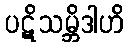
ပဋိသမ္ဘိဒါဟိ